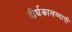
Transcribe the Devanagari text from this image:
दीर्घकालव्यापी